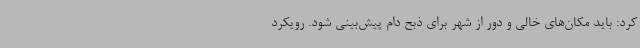
کرد: باید مکان‌های خالی و دور از شهر برای ذبح دام پیش‌بینی شود. رویکرد